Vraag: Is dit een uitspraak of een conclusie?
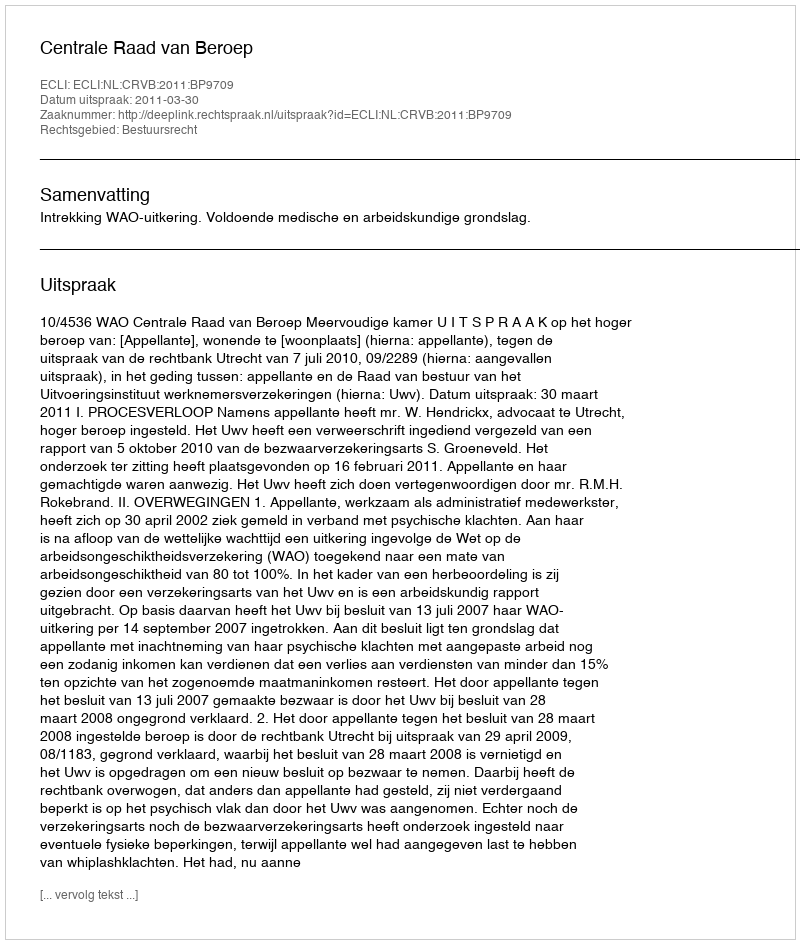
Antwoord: Uitspraak